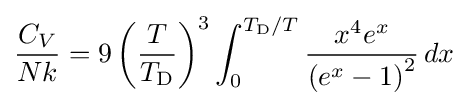
{\frac {C_{V}}{Nk}}=9\left({T \over T_{\rm {D}}}\right)^{3}\int _{0}^{T_{\rm {D}}/T}{x^{4}e^{x} \over \left(e^{x}-1\right)^{2}}\,dx